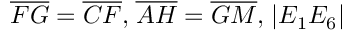
{ \overline { { F G } } } = { \overline { { C F } } } { \mathrm { , } } \; { \overline { { A H } } } = { \overline { { G M } } } { \mathrm { , } } \; | E _ { 1 } E _ { 6 } |